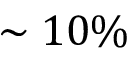
\sim 1 0 \%